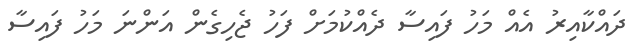
ދައްކާއިރު އެއް މަހު ފައިސާ ދެއްކުމަށް ފަހު ޖެހިގެން އަންނަ މަހު ފައިސާ